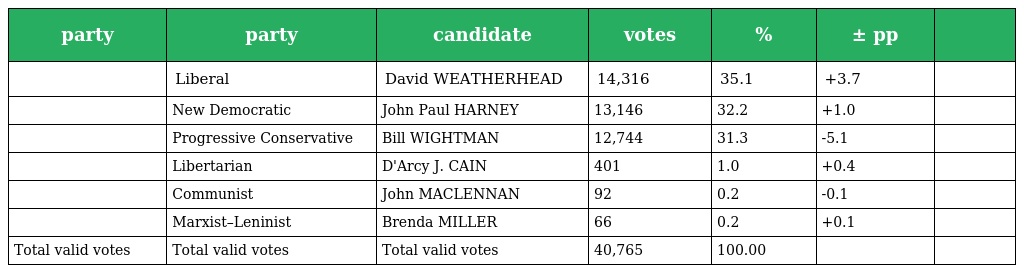
| party | party | candidate | votes | % | ± pp |  |
 | --- | --- | --- | --- | --- | --- | --- |
 |  | Liberal | David WEATHERHEAD | 14,316 | 35.1 | +3.7 |  |
 |  | New Democratic | John Paul HARNEY | 13,146 | 32.2 | +1.0 |  |
 |  | Progressive Conservative | Bill WIGHTMAN | 12,744 | 31.3 | -5.1 |  |
 |  | Libertarian | D'Arcy J. CAIN | 401 | 1.0 | +0.4 |  |
 |  | Communist | John MACLENNAN | 92 | 0.2 | -0.1 |  |
 |  | Marxist–Leninist | Brenda MILLER | 66 | 0.2 | +0.1 |  |
 | Total valid votes | Total valid votes | Total valid votes | 40,765 | 100.00 |  |  |